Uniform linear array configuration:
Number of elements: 12
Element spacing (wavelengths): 1
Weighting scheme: binomial
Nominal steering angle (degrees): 15
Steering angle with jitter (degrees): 15.25
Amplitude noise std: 0.05
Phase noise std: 0.05

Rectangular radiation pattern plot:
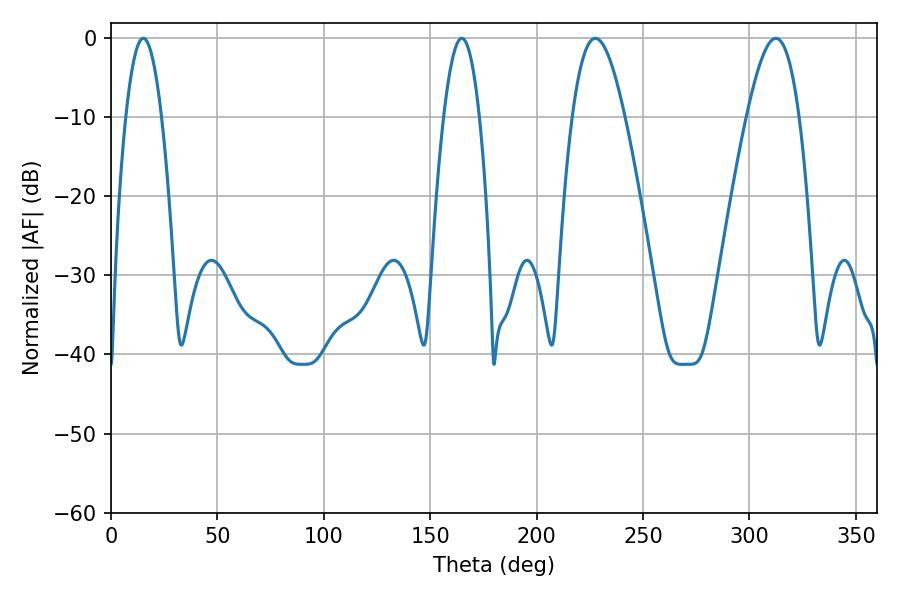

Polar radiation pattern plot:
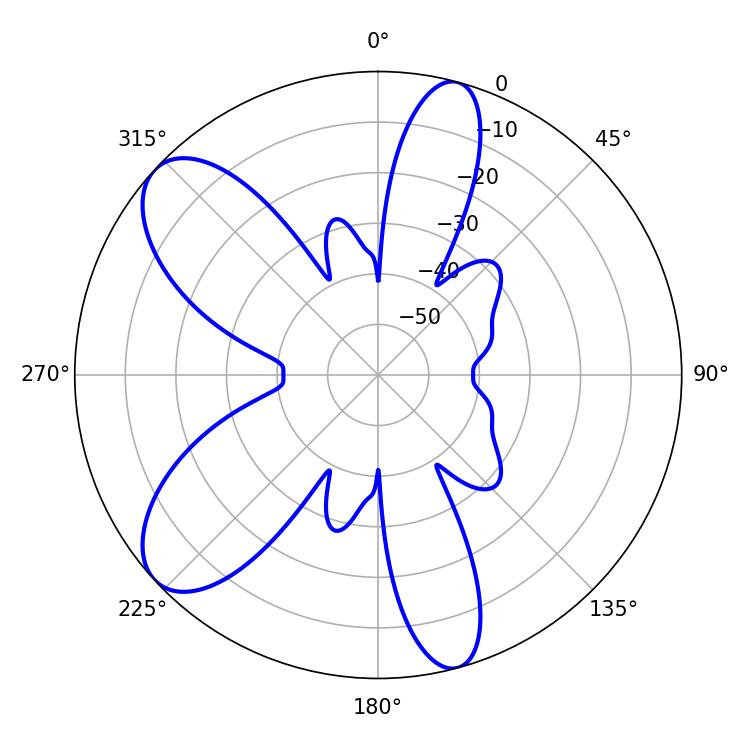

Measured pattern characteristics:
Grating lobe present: TRUE
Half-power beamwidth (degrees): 9.18
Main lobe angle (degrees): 15.12